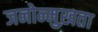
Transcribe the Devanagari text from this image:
जनोन्मुख़ता